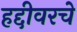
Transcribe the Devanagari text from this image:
हद्दीवरचे